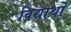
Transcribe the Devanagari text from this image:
विद्यार्थों